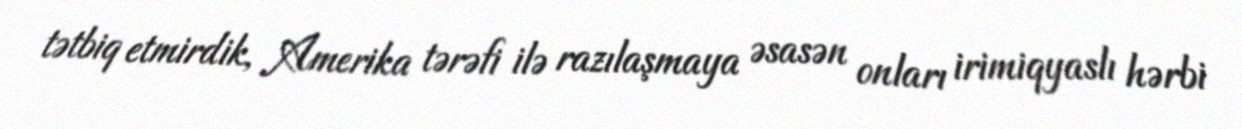
tətbiq etmirdik, Amerika tərəfi ilə razılaşmaya əsasən onları irimiqyaslı hərbi